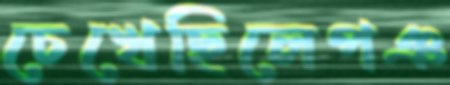
চেখেছিলেপঞ